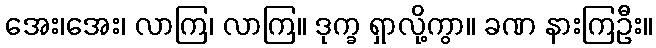
အေး၊အေး၊ လာကြ၊ လာကြ။ ဒုက္ခ ရှာလို့ကွာ။ ခဏ နားကြဦး။